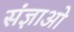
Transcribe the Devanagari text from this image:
संज्ञाओ